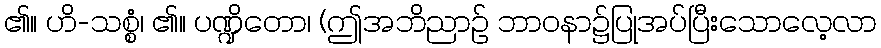
၏။ ဟိ-သစ္စံ၊ ၏။ ပဏ္ဍိတော၊ (ဤအဘိညာဉ် ဘာဝနာ၌ပြုအပ်ပြီးသောလေ့လာ